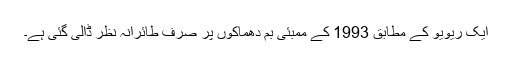
ایک ریویو کے مطابق 1993 کے ممبئی بم دھماکوں پر صرف طائرانہ نظر ڈالی گئی ہے۔